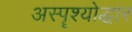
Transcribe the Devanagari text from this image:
अस्पॄश्योद्धार